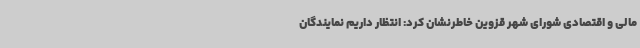
مالی و اقتصادی شورای شهر قزوین خاطرنشان کرد: انتظار داریم نمایندگان